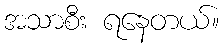
အသာစီး ရနေတယ်။